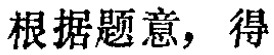
根据题意，得